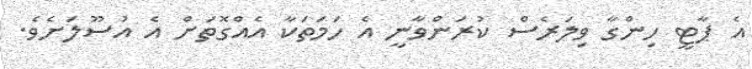
އެ ޕާޓީ ހިންގާ ވިލަރެސް ކުރަންވާނީ އެ ހަމަތަކާ އެއްގޮތަށް އެ އުސޫލަށެވެ.